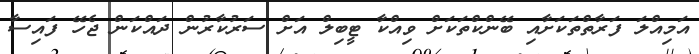
އަމިއްލަ ފަރާތްތަކަށާއި ބޭންކްތަކަށް ވިއްކާ ޓީބިލް އަށް ސަރުކާރުން ދައްކަން ޖެހޭ ފައިސާ